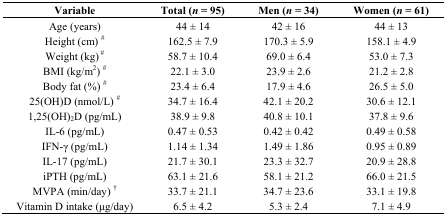
<table><thead><tr><td><b>Variable</b></td><td><b>Total (<i>n</i> = 95)</b></td><td><b>Men (<i>n</i> = 34)</b></td><td><b>Women (<i>n</i> = 61)</b></td></tr></thead><tbody><tr><td>Age (years)</td><td>44 ± 14</td><td>42 ± 16</td><td>44 ± 13</td></tr><tr><td>Height (cm) <sup>#</sup></td><td>162.5 ± 7.9</td><td>170.3 ± 5.9</td><td>158.1 ± 4.9</td></tr><tr><td>Weight (kg)<sup> #</sup></td><td>58.7 ± 10.4</td><td>69.0 ± 6.4</td><td>53.0 ± 7.3</td></tr><tr><td>BMI (kg/m<sup>2</sup>) <sup>#</sup></td><td>22.1 ± 3.0</td><td>23.9 ± 2.6</td><td>21.2 ± 2.8</td></tr><tr><td>Body fat (%) <sup>#</sup></td><td>23.4 ± 6.4</td><td>17.9 ± 4.6</td><td>26.5 ± 5.0</td></tr><tr><td>25(OH)D (nmol/L) <sup>#</sup></td><td>34.7 ± 16.4</td><td>42.1 ± 20.2</td><td>30.6 ± 12.1</td></tr><tr><td>1,25(OH)<sub>2</sub>D (pg/mL)</td><td>38.9 ± 9.8</td><td>40.8 ± 10.1</td><td>37.8 ± 9.6</td></tr><tr><td>IL-6 (pg/mL)</td><td>0.47 ± 0.53</td><td>0.42 ± 0.42</td><td>0.49 ± 0.58</td></tr><tr><td>IFN-γ (pg/mL)</td><td>1.14 ± 1.34</td><td>1.49 ± 1.86</td><td>0.95 ± 0.89</td></tr><tr><td>IL-17 (pg/mL)</td><td>21.7 ± 30.1</td><td>23.3 ± 32.7</td><td>20.9 ± 28.8</td></tr><tr><td>iPTH (pg/mL)</td><td>63.1 ± 21.6</td><td>58.1 ± 21.2</td><td>66.0 ± 21.5</td></tr><tr><td>MVPA (min/day) <sup>†</sup></td><td>33.7 ± 21.1</td><td>34.7 ± 23.6</td><td>33.1 ± 19.8</td></tr><tr><td>Vitamin D intake (μg/day)</td><td>6.5 ± 4.2</td><td>5.3 ± 2.4</td><td>7.1 ± 4.9</td></tr></tbody></table>